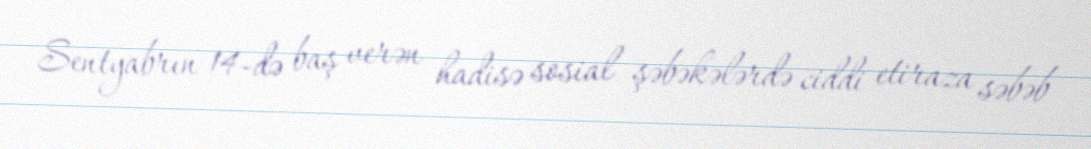
Sentyabrın 14-də baş verən hadisə sosial şəbəkələrdə ciddi etiraza səbəb